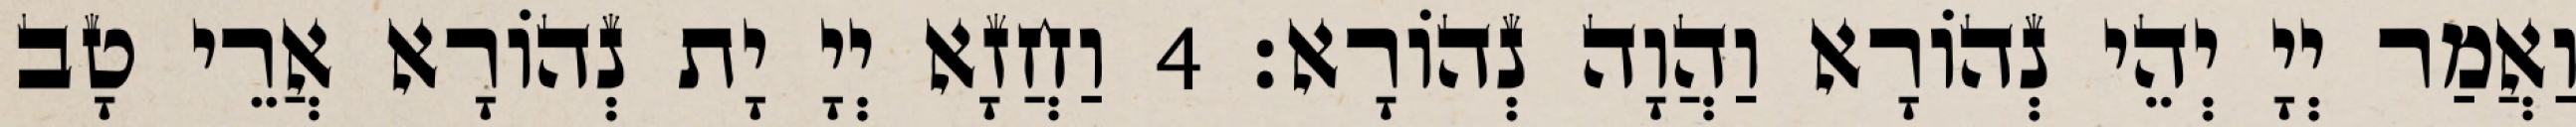
וַאֲמַר יְיָ יְהֵי נְהוֹרָא וַהֲוָה נְהוֹרָא׃ 4 וַחֲזָא יְיָ יָת נְהוֹרָא אֲרֵי טָב